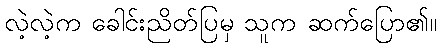
လဲ့လဲ့က ခေါင်းညိတ်ပြမှ သူက ဆက်ပြော၏။